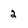
Character: 2